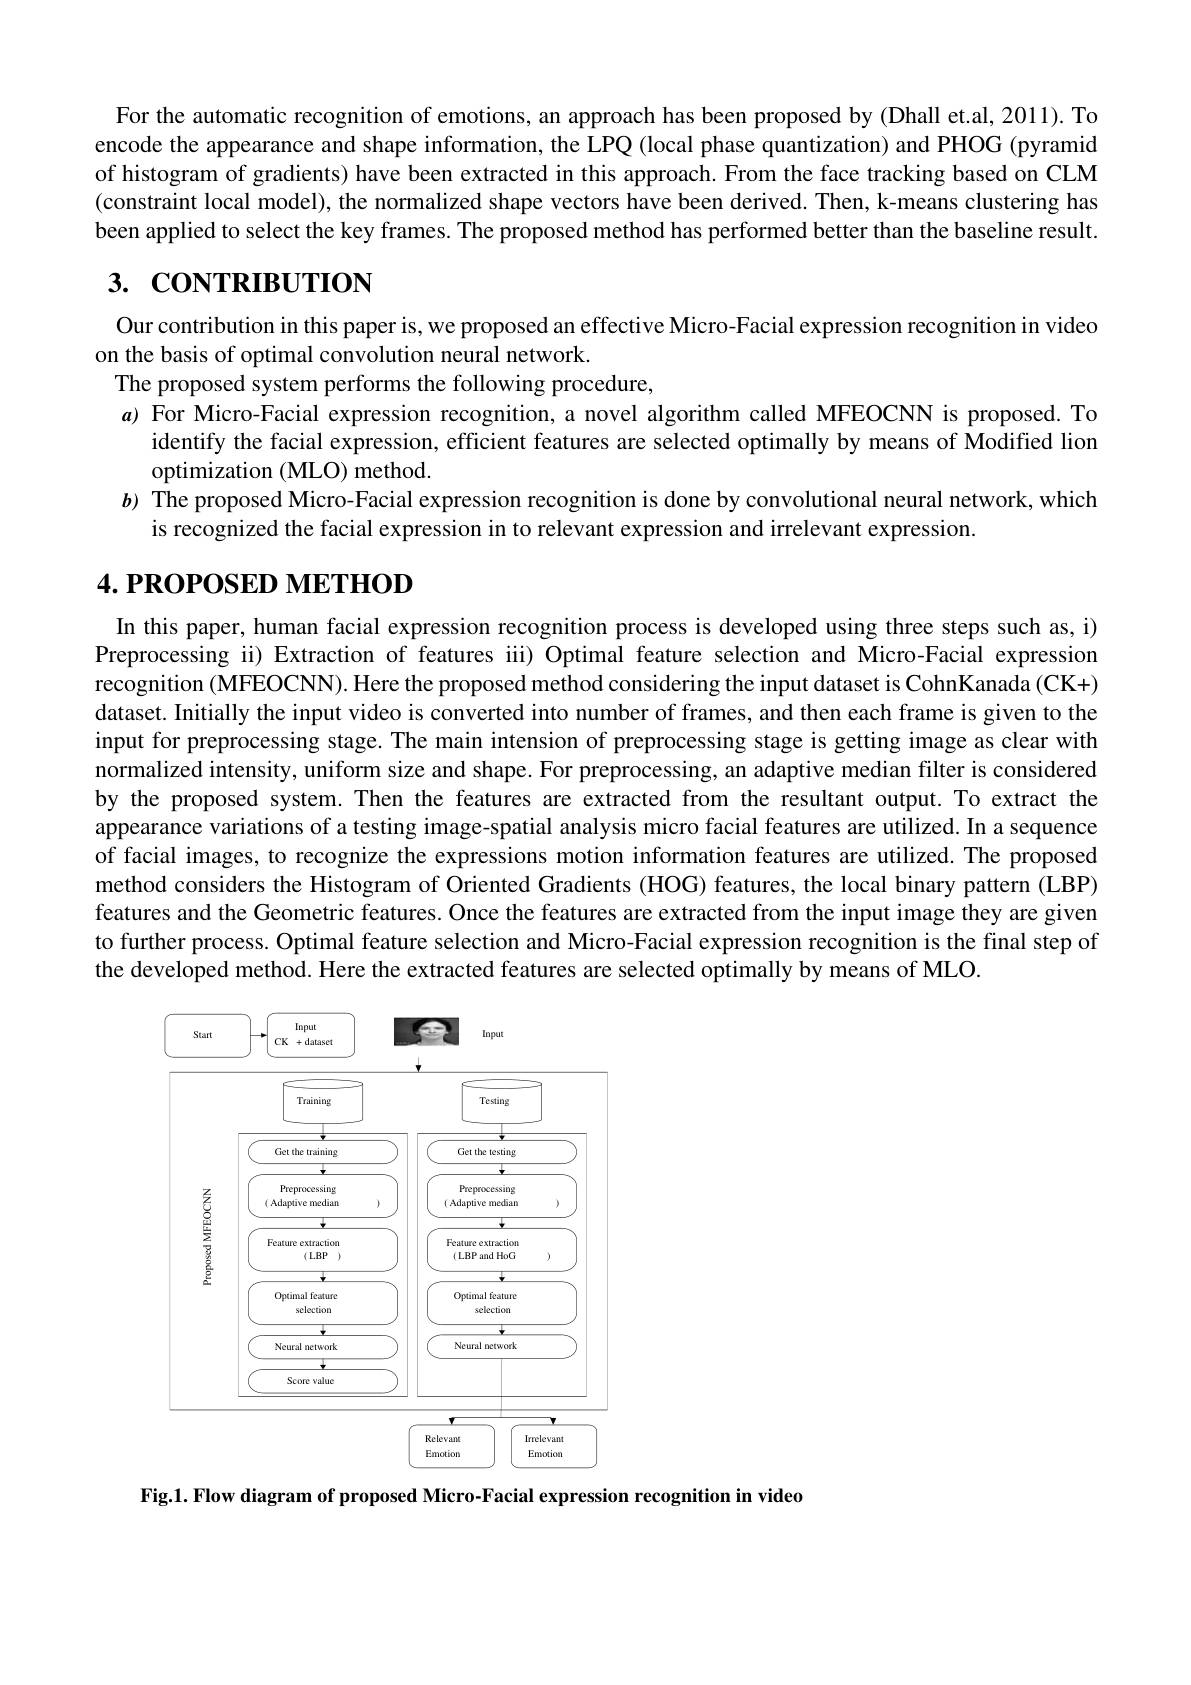
For the automatic recognition of emotions, an approach has been proposed by (Dhall et.al, 2011). To encode the appearance and shape information, the LPQ (local phase quantization) and PHOG (pyramid of histogram of gradients) have been extracted in this approach. From the face tracking based on CLM (constraint local model), the normalized shape vectors have been derived. Then, k-means clustering has been applied to select the key frames. The proposed method has performed better than the baseline result

# 3. CONTRIBUTION

Our contribution in this paper is, we proposed an effective Micro-Facial expression recognition in video
on the basis of optimal convolution neural network
The proposed system performs the following procedure.
a) For Micro-Facial expression recognition, a novel algorithm called MFEOCNN is proposed. To
identify the facial expression, efficient features are selected optimally by means of Modified lion
optimization (MLO) method.
$b$) The proposed Micro-Facial expression recognition is done by convolutional neural network, which
is recognized the facial expression in to relevant expression and irrelevant expression.

# 4. РROPOSED METHOD

In this paper, human facial expression recognition process is developed using three steps such as, i) Preprocessing ii) Extraction of features iii) Optimal feature selection and Micro-Facial expression recognition (MFEOCNN). Here the proposed method considering the input dataset is CohnKanada (CK+) dataset. Initially the input video is converted into number of frames, and then each frame is given to the input for preprocessing stage. The main intension of preprocessing stage is getting image as clear with normalized intensity, uniform size and shape. For preprocessing, an adaptive median filter is considered by the proposed system. Then the features are extracted from the resultant output. To extract the appearance variations of a testing image-spatial analysis micro facial features are utilized. In a sequence of facial images, to recognize the expressions motion information features are utilized. The proposed method considers the Histogram of Oriented Gradients (HOG) features, the local binary pattern (LBP) features and the Geometric features. Once the features are extracted from the input image they are given to further process. Optimal feature selection and Micro-Facial expression recognition is the final step of the developed method. Here the extracted features are selected optimally by means of MLO.

<FigureHere>

Fig.1. Flow diagram of proposed Micro-Facial expression recognition in video